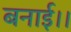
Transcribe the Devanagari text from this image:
बनाई।।